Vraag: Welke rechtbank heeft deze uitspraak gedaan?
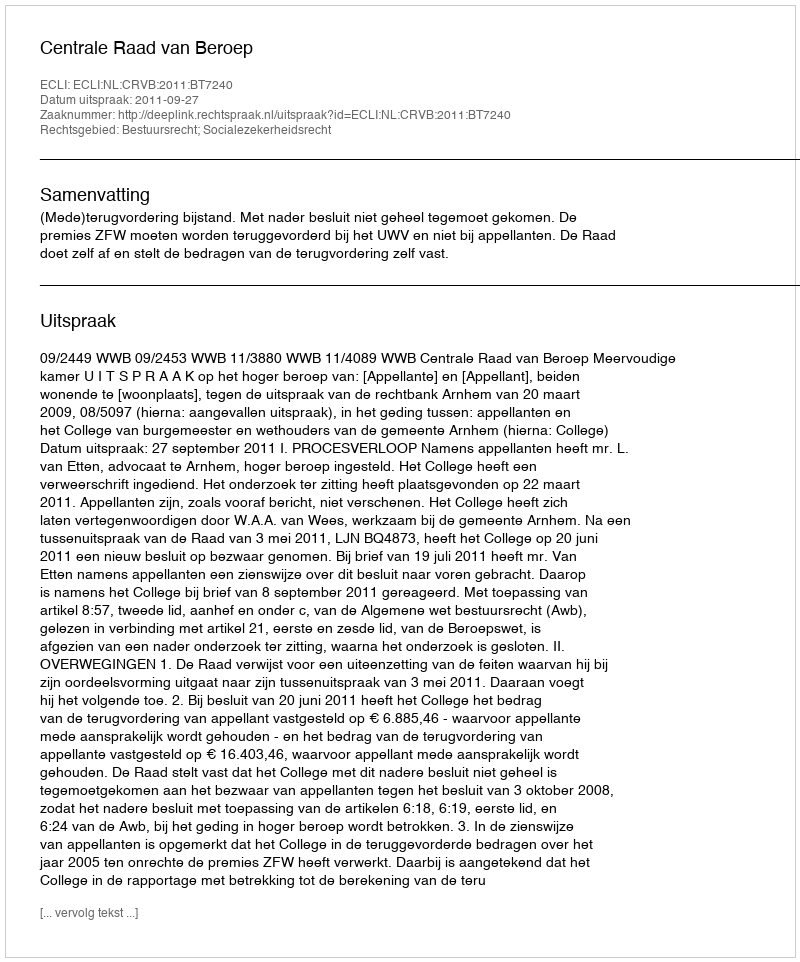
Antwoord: Centrale Raad van Beroep